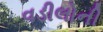
વડીલોની